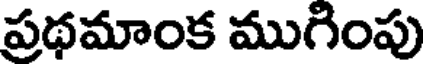
ప్రధమాంక ముగింపు